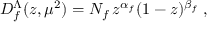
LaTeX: D _ { f } ^ { \Lambda } ( z , \mu ^ { 2 } ) = N _ { f } \, z ^ { \alpha _ { f } } ( 1 - z ) ^ { \beta _ { f } } \; ,